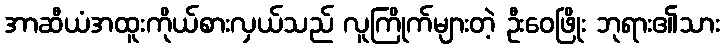
အာဆီယံအထူးကိုယ်စားလှယ်သည် လူကြိုက်များတဲ့ ဦးဝေဖြိုး ဘုရား၏သား